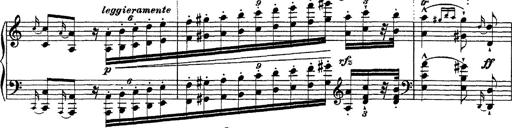
Title: Ã‰tudes d'exÃ©cution transcendante d'aprÃ¨s Paganini
Composer: Franz Liszt